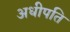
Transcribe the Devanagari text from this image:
अधीपति